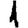
Digit: 1